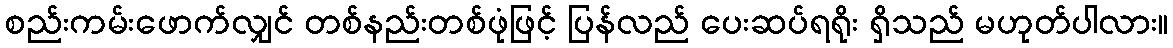
စည်းကမ်းဖောက်လျှင် တစ်နည်းတစ်ဖုံဖြင့် ပြန်လည် ပေးဆပ်ရရိုး ရှိသည် မဟုတ်ပါလား။